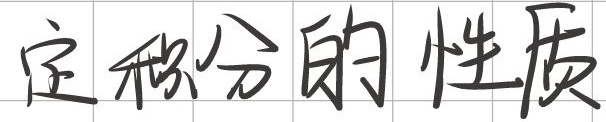
定积分的性质